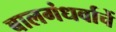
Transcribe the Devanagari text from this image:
बालगंधर्वाचें